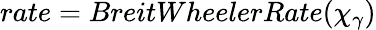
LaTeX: rate=BreitWheelerRate(\chi_{\gamma})